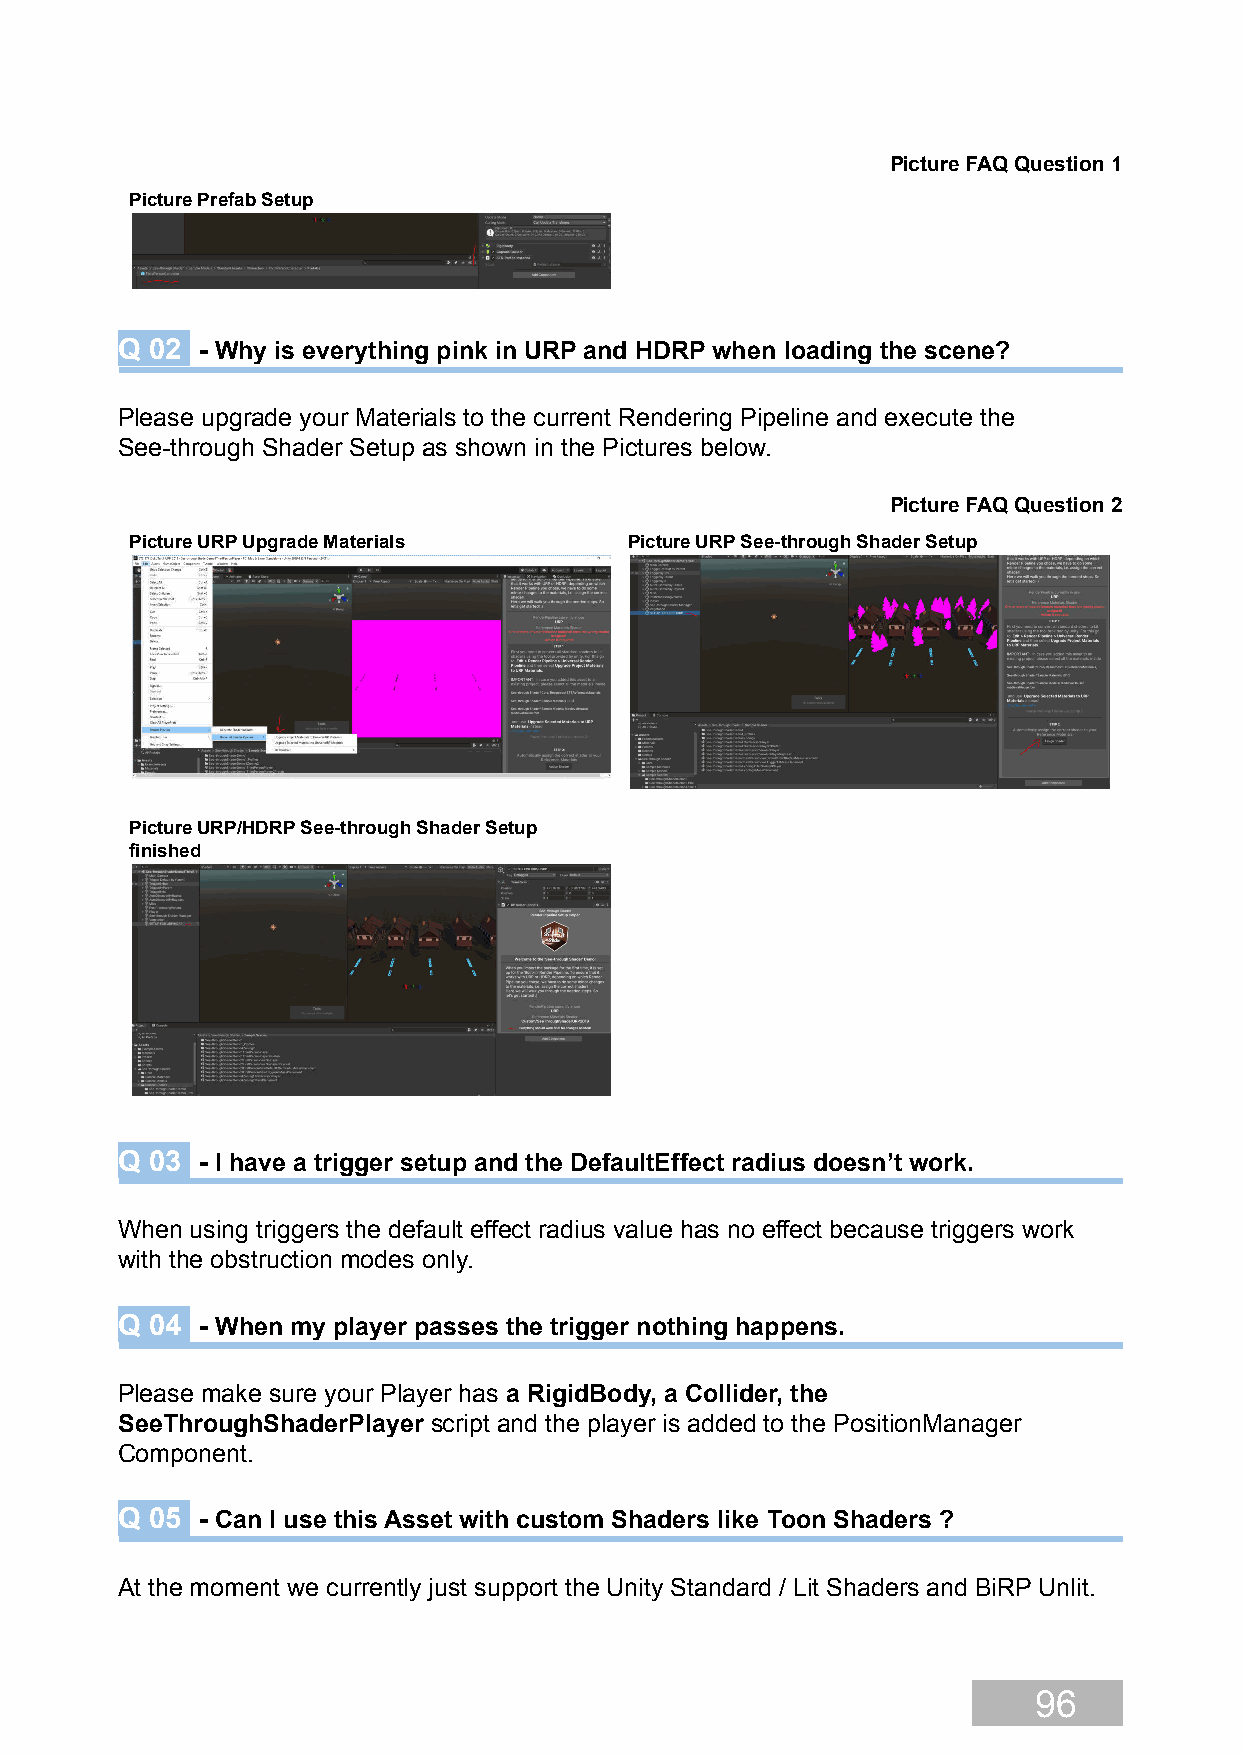
Picture FAQ Question 1
 Picture Prefab Setup
 Q 02 - Why is everything pink in URP and HDRP when loading the scene?
 Please upgrade your Materials to the current Rendering Pipeline and execute the
 See-through Shader Setup as shown in the Pictures below.
 Picture FAQ Question 2
 Picture URP Upgrade Materials    Picture URP See-through Shader Setup
 Picture URP/HDRP See-through Shader Setup
 finished
 Q 03 - I have a trigger setup and the DefaultEffect radius doesn’t work.
 When using triggers the default effect radius value has no effect because triggers work
 with the obstruction modes only.
 Q 04 - When my player passes the trigger nothing happens.
 Please make sure your Player has a RigidBody, a Collider, the
 SeeThroughShaderPlayer script and the player is added to the PositionManager
 Component.
 Q 05 - Can I use this Asset with custom Shaders like Toon Shaders ?
 At the moment we currently just support the Unity Standard / Lit Shaders and BiRP Unlit.
 96